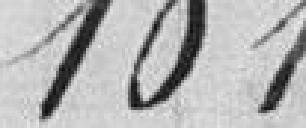
101